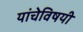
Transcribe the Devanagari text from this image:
यांचेविषयी